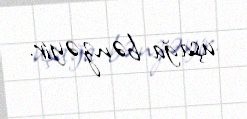
uşağa bənzəyir.